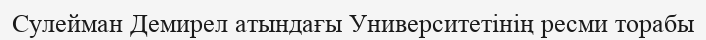
Сулейман Демирел атындағы Университетінің ресми торабы